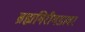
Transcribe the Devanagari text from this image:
ब्रह्मगिरीगडावर